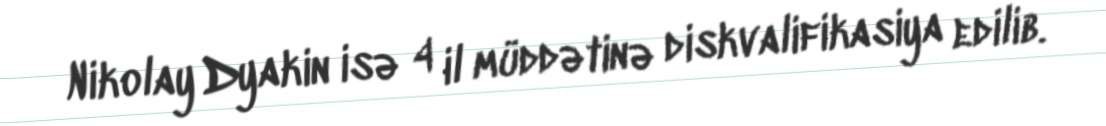
Nikolay Dyakin isə 4 il müddətinə diskvalifikasiya edilib.